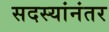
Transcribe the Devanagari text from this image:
सदस्यांनंतर